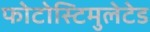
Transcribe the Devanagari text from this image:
फोटोस्टिमुलेटेड